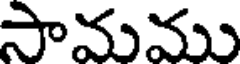
సామము